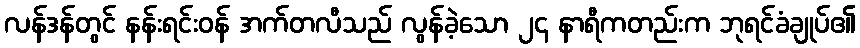
လန်ဒန်တွင် နန်းရင်းဝန် အက်တလီသည် လွန်ခဲ့သော ၂၄ နာရီကတည်းက ဘုရင်ခံချုပ်၏